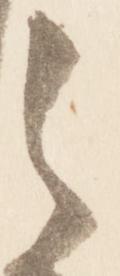
之